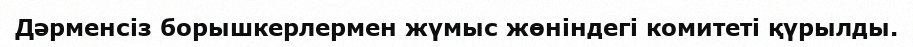
Дәрменсіз борышкерлермен жүмыс жөніндегі комитеті қүрылды.